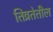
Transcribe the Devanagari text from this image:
तिव्रतेतील